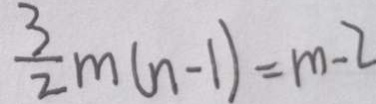
\frac { 3 } { 2 } m ( n - 1 ) = m - 2